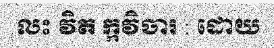
លះ វិត ក្កវិចារ : ដោយ